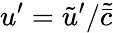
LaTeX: u^{\prime}=\tilde{u}^{\prime}/\tilde{\bar{c}}